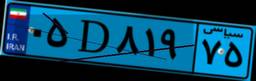
۰۵D۸۱۹۷۵